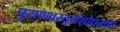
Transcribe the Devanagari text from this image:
पुराणवस्तुसंशोधनाचा